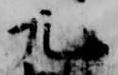
九